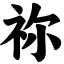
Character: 祢